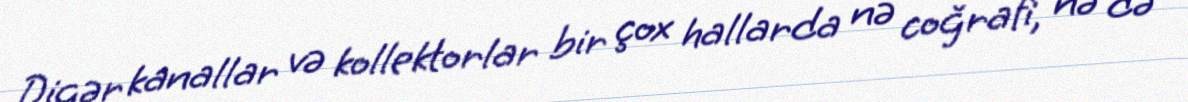
Digər kanallar və kollektorlar bir çox hallarda nə coğrafi, nə də